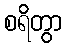
စရိတွာ